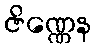
ဇိဏ္ဏေန